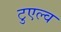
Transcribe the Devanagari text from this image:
टुएल्व